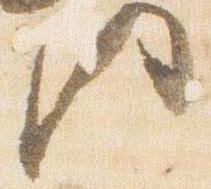
門